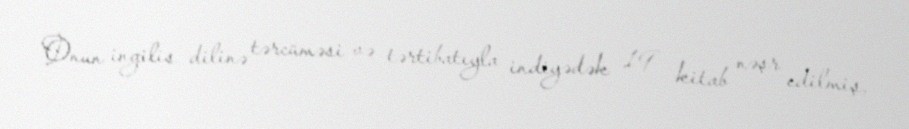
Onun ingilis dilinə tərcüməsi və tərtibatıyla indiyədək 19 kitab nəşr edilmiş,